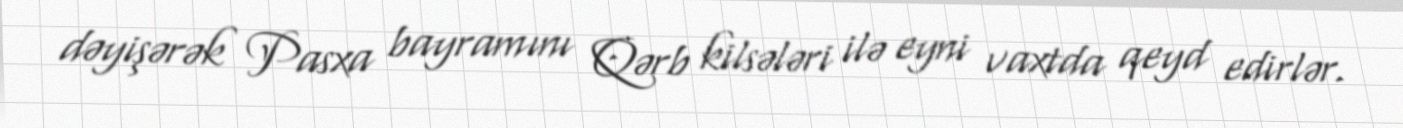
dəyişərək Pasxa bayramını Qərb kilsələri ilə eyni vaxtda qeyd edirlər.